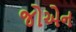
જોએન